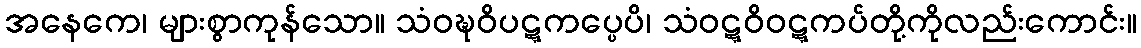
အနေကေ၊ များစွာကုန်သော။ သံဝဍ္ဎဝိပဋ္ဋကပ္ပေပိ၊ သံဝဋ္ဋဝိဝဋ္ဋကပ်တို့ကိုလည်းကောင်း။